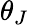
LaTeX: \theta_{J}